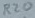
Text: R20